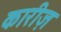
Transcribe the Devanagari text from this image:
कारीज़